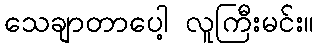
သေချာတာပေါ့ လူကြီးမင်း။